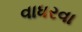
વાધરવા